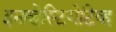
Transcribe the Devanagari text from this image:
इनव्हेस्टिगेटिव्ह